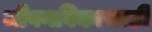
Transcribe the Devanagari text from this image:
जीवनविकासाठी